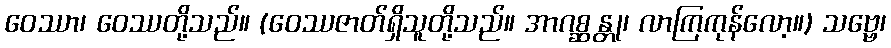
ဝေဿာ၊ ဝေဿတို့သည်။ (ဝေဿဇာတ်ရှိသူတို့သည်။ အာဂစ္ဆန္တု၊ လာကြကုန်လော့။) သဗ္ဗေ၊